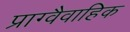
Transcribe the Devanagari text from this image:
प्राग्वैवाहिक